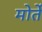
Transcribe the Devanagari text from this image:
मोर्ते